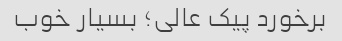
برخورد پیک عالی؛ بسیار خوب